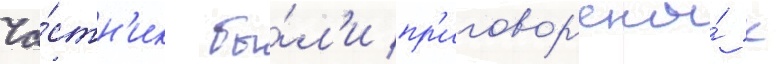
Ча́стн'ик бы́л'и пр'иговор'ены́ к